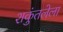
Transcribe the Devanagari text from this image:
शकुंतलेला